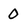
Character: 0